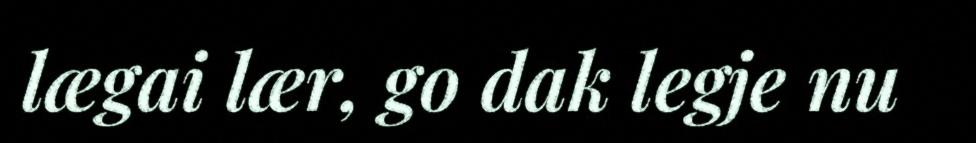
lægai lær, go dak legje nu